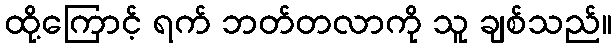
ထို့ကြောင့် ရက် ဘတ်တလာကို သူ ချစ်သည်။